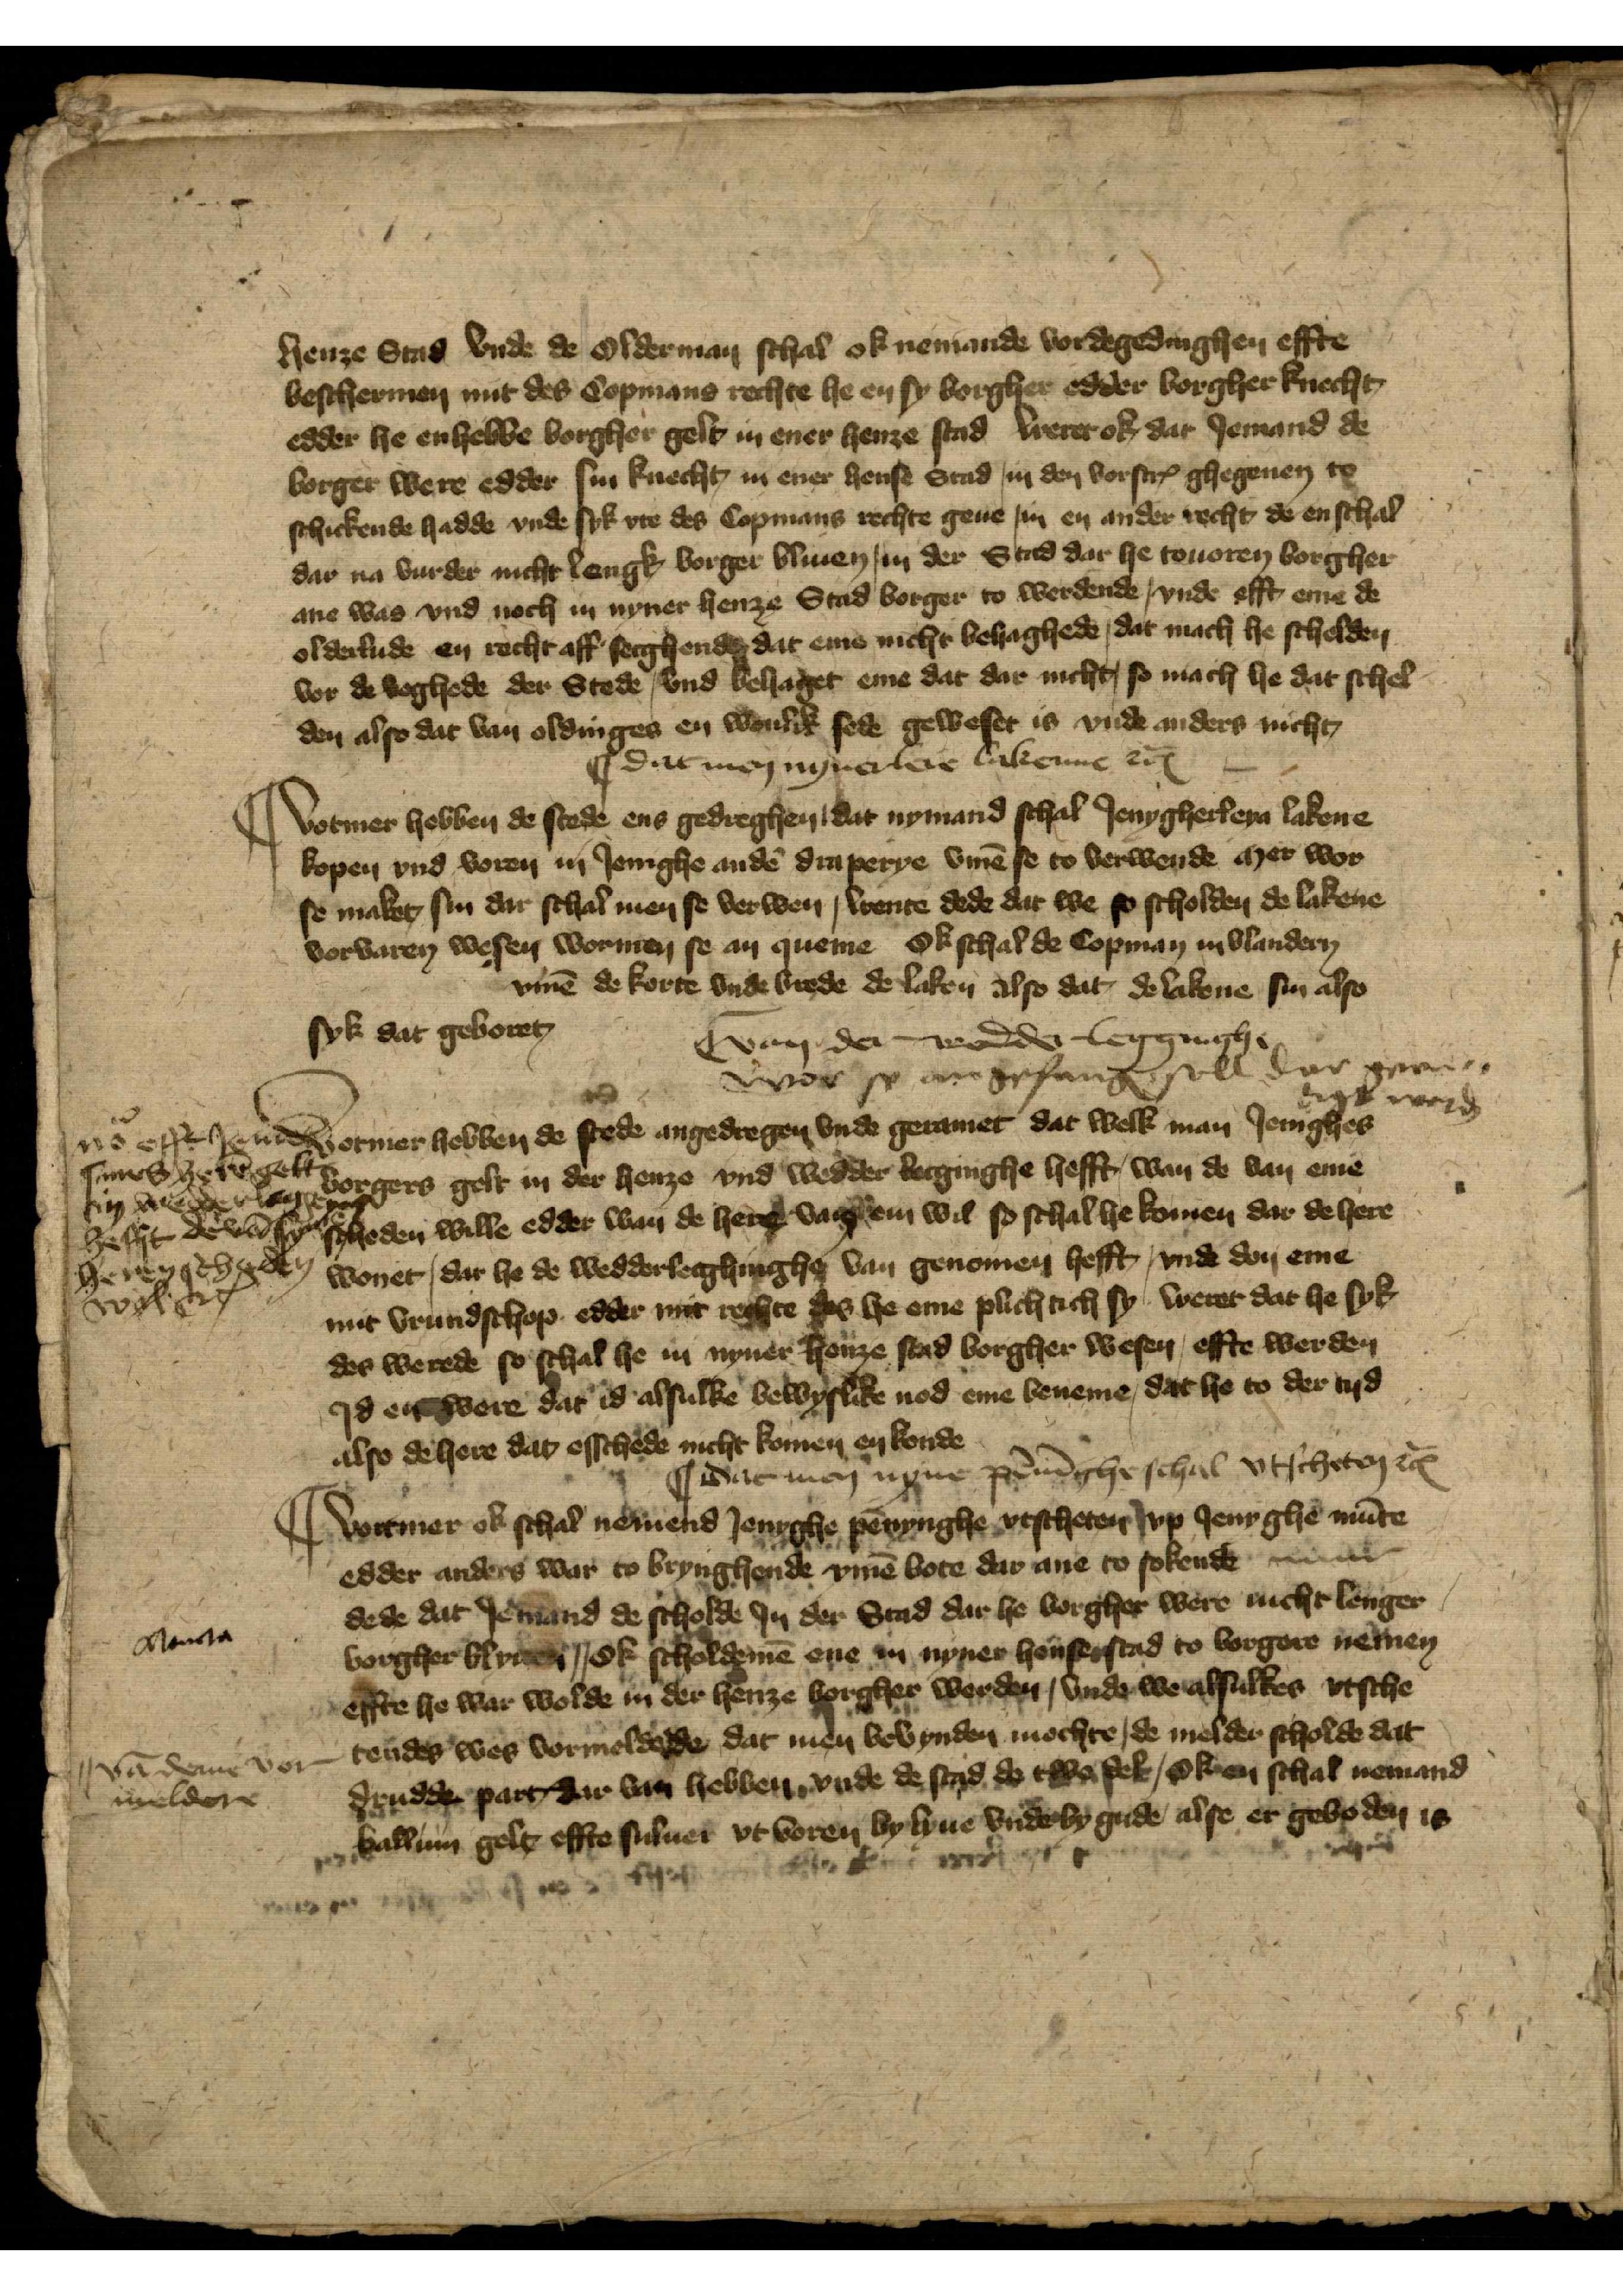
henze Stad vnde de olderman schal ok nemande vordegedinghen effte
beschermen mit des Copmans rechte he en sy borgher edder borgher knecht
edder he enhebbe borgher gelt in ener henze stad weret ok dar Jemand de
borger were edder sin knecht in ener hense Stad, in den vorscrꝬ ghegenen to
schickende hadde vnde syk vte des Copmans rechte geue, in en ander recht de enschal
dar na vurder nicht lengk borger bliuen in der Stad dar he touoren borgher
ane was vnd noch in nyner henze Stad borger to werdende, vnde efft eme de
olderlude en recht aff secghende, dat eme nicht behaghede, dat mach he schelden
vor de voghede der Stede, vnd behaget eme dat dar nicht, so mach he dat schel¬
den also dat van oldinges en wonlik sede geweset is vnde anders nicht

|| Dat men nynerleie lakenne etꝬ

|| Vortmer hebben de stede ens gedreghen, dat nymand schal Jenygherleyn lakene
kopen vnd voren in Jenighe andẻ draperye v̄me se to verwende her wor
se maket sin dar schal men se verwen, wente dede dat we so scholden de lakene
vorvaren wesen wormen se an queme Ok schal de Copman in Vlandern
v̄me de korte vnde brede de laken also dat, de lakene sin also
syk dat geboret

| van der wedder legginghe
wor se angefange soll dar gere
wē

Vortmer hebben de stede angedregen vnde geramet, dat welk man Jenighes
borgers gelt in der henze vnd wedder lecginghe hefft, wan de van eme
scheden wille edder wan de here vange em wil so schal he komen dar de here
wonet, dar he de wedderlecghinghe van genomen hefft, vnde don eme
mit vrundschop edder mit rechte des he eme plichtich sy weret dat he syk
des werede so schal he in nyner henze stad borgher wesen, effte werden
Jd en were dat id alsulke bewyslike nod eme beneme, dat se to der tyd
also de here dat esschede nicht komen en konde

nō efft Jenich
sines herē gelt
in wege begen
hefft de vā syne
heren gehgheden
wol etꝬ

|| dat men nyne pēnīghe schal vtscheten etꝬ

|| Vortmer ok schal nemend Jenighe pēnynghe vtscheter vp Jenyghe mūte
edder anders war to brynghende v̄me bote dar ane to sokende einer
dede dat Jemand de scholde Jn der Stad dar he borgher were nicht lenger
borgher blyuē || ok scholdemē ene in nyner hensestad to borgere nemen
effte he war wolde in der henze borgher werden, vnde we alsulkes vtsche¬
tendes wes vormeldede, dat men bevynden mochte, de melder scholde dat
drudde part dar van hebben vnde de stad de twe del, Ok en schal nemand
balliun gelt effte suluer vtvoren by lyue vnde by gude alse er geboden is

Ana

vā deme vor¬
meldere